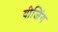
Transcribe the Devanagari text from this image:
यीजिंग